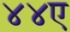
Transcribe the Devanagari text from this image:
४४ए